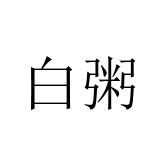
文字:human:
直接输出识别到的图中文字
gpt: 白粥